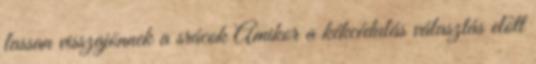
lassan visszajönnek a srácok Amikor a kékcédulás választás előtt